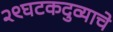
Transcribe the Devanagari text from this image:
२९घटकदुव्याचे